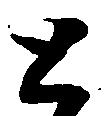
と